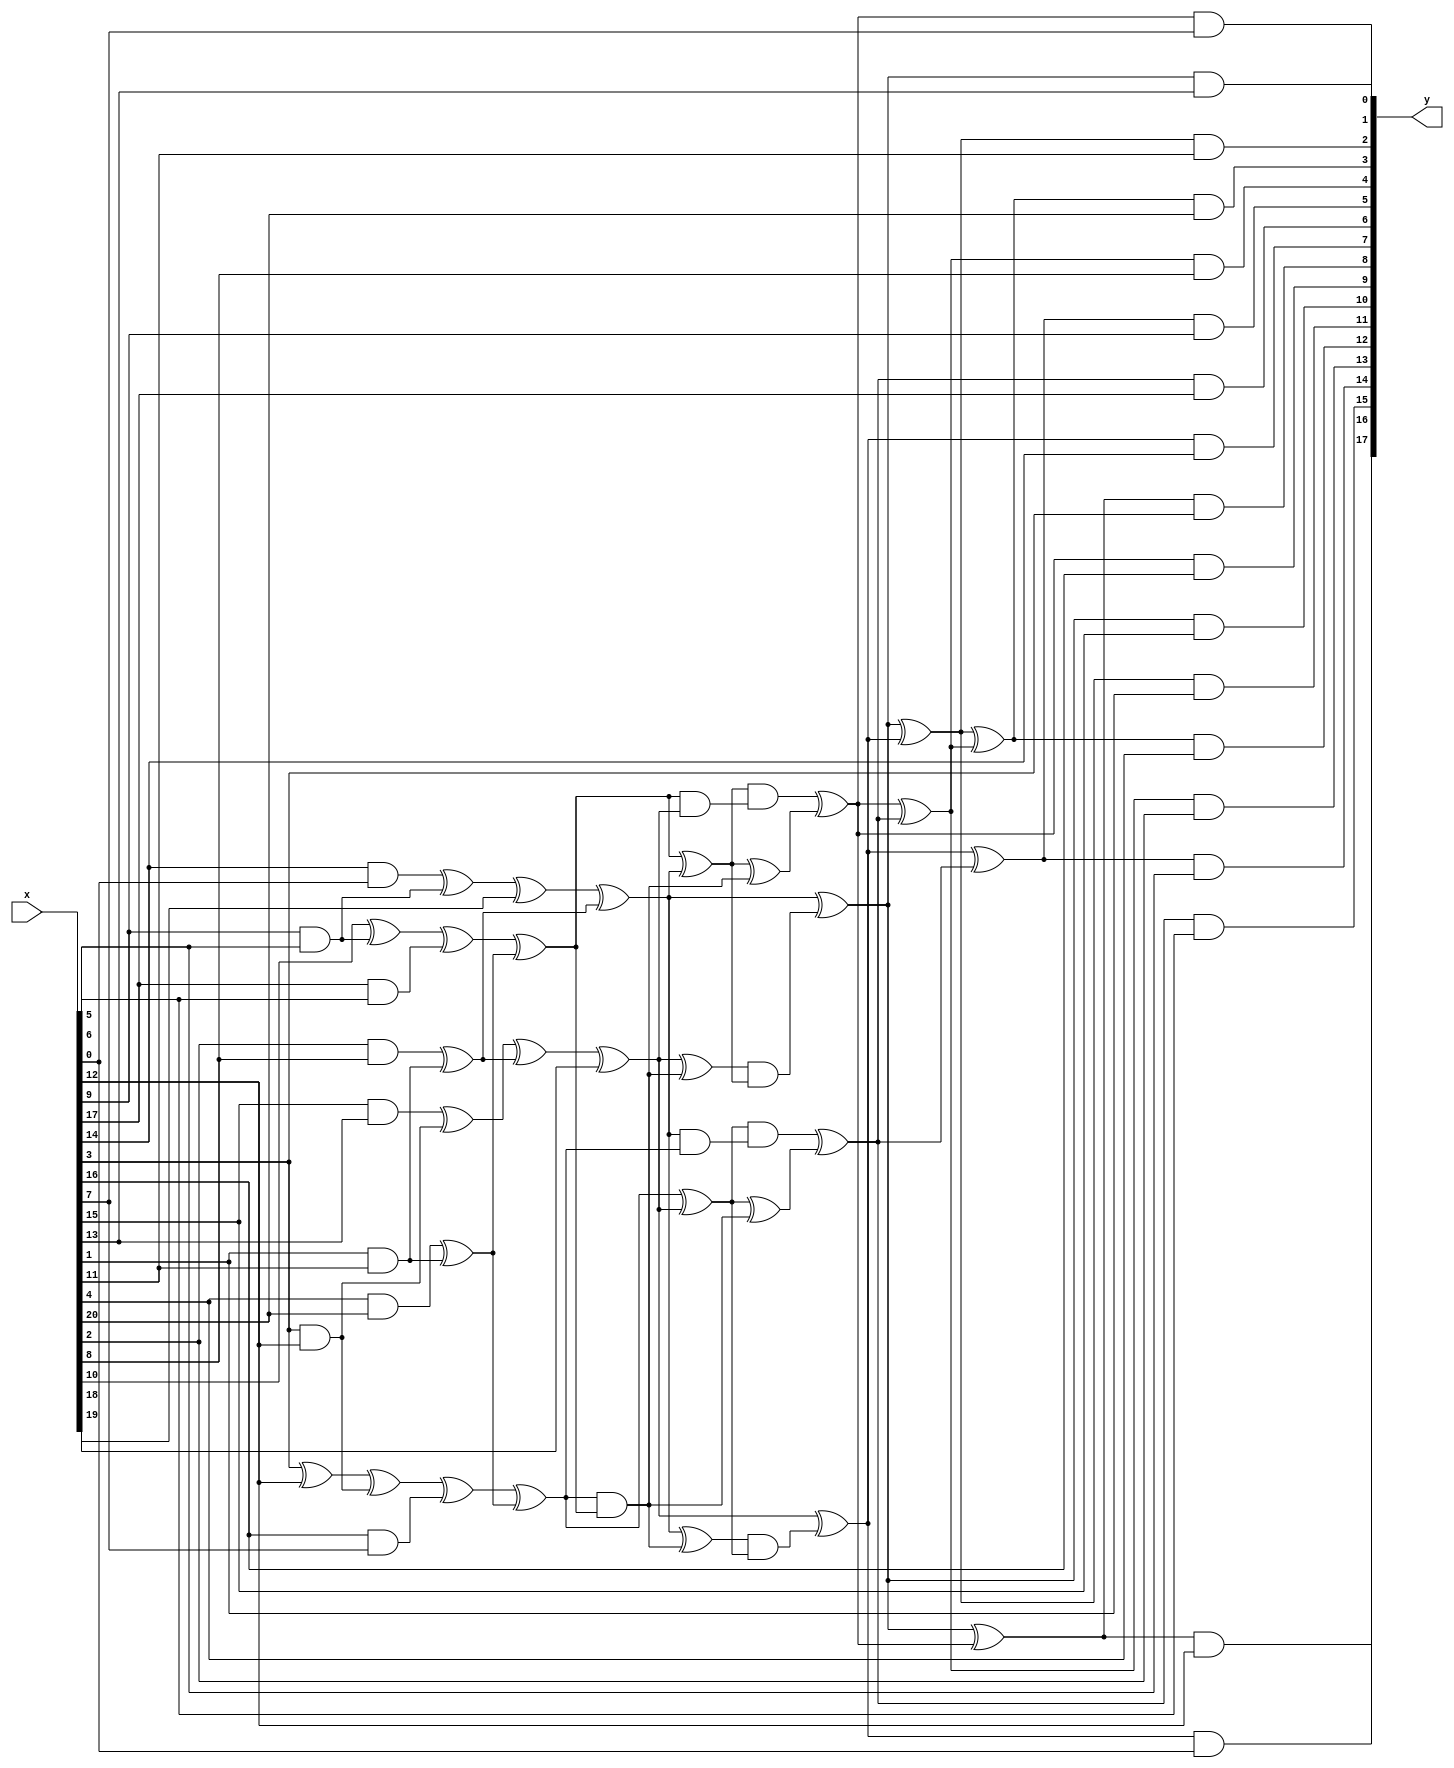
//    sboxes.v
//    2020-01-29    Markku-Juhani O. Saarinen <mjos@pqshield.com>
//    Copyright (c) 2020, PQShield Ltd. All rights reserved.

/*

    Non-hardened combinatorial logic for AES, inverse AES, and SM4 S-Boxes.

    Each S-Box has a nonlinear middle layer sandwitched between linear
    top and bottom layers. In this version the top ("inner") layer expands
    8 bits to 21 bits while the bottom layer compresses 18 bits back to 8.

    Overall structure and AES and AES^-1 slightly modified from [BoPe12].
    SM4 top and bottom layers by Markku-Juhani O. Saarinen, January 2020.

    The middle layer is common between all; the beneficiality of muxing it
    depends on target. Currently we are not doing it.

    How? Because all of these are "Nyberg S-boxes" [Ny93]; built from a
    multiplicative inverse in GF(256) and are therefore affine isomorphic.

    [BoPe12] Boyar J., Peralta R. "A Small Depth-16 Circuit for the AES
    S-Box." Proc.SEC 2012. IFIP AICT 376. Springer, pp. 287-298 (2012)
    DOI: https://doi.org/10.1007/978-3-642-30436-1_24
    Preprint: https://eprint.iacr.org/2011/332.pdf

    [Ny93] Nyberg K., "Differentially Uniform Mappings for Cryptography",
    Proc. EUROCRYPT '93, LNCS 765, Springer, pp. 55-64 (1993)
    DOI: https://doi.org/10.1007/3-540-48285-7_6

*/

//
//    The shared non-linear middle part for AES, AES^-1, and SM4.
module riscv_crypto_sbox_inv_mid(
input   [20:0] x    ,
output  [17:0] y
);

    wire    t0  = x[ 3] ^     x[12];
    wire    t1  = x[ 9] &     x[ 5];
    wire    t2  = x[17] &     x[ 6];
    wire    t3  = x[10] ^     t1   ;
    wire    t4  = x[14] &     x[ 0];
    wire    t5  = t4    ^     t1   ;
    wire    t6  = x[ 3] &     x[12];
    wire    t7  = x[16] &     x[ 7];
    wire    t8  = t0    ^     t6   ;
    wire    t9  = x[15] &     x[13];
    wire    t10 = t9    ^     t6   ;
    wire    t11 = x[ 1] &     x[11];
    wire    t12 = x[ 4] &     x[20];
    wire    t13 = t12   ^     t11  ;
    wire    t14 = x[ 2] &     x[ 8];
    wire    t15 = t14   ^     t11  ;
    wire    t16 = t3    ^     t2   ;
    wire    t17 = t5    ^     x[18];
    wire    t18 = t8    ^     t7   ;
    wire    t19 = t10   ^     t15  ;
    wire    t20 = t16   ^     t13  ;
    wire    t21 = t17   ^     t15  ;
    wire    t22 = t18   ^     t13  ;
    wire    t23 = t19   ^     x[19];
    wire    t24 = t22   ^     t23  ;
    wire    t25 = t22   &     t20  ;
    wire    t26 = t21   ^     t25  ;
    wire    t27 = t20   ^     t21  ;
    wire    t28 = t23   ^     t25  ;
    wire    t29 = t28   &     t27  ;
    wire    t30 = t26   &     t24  ;
    wire    t31 = t20   &     t23  ;
    wire    t32 = t27   &     t31  ;
    wire    t33 = t27   ^     t25  ;
    wire    t34 = t21   &     t22  ;
    wire    t35 = t24   &     t34  ;
    wire    t36 = t24   ^     t25  ;
    wire    t37 = t21   ^     t29  ;
    wire    t38 = t32   ^     t33  ;
    wire    t39 = t23   ^     t30  ;
    wire    t40 = t35   ^     t36  ;
    wire    t41 = t38   ^     t40  ;
    wire    t42 = t37   ^     t39  ;
    wire    t43 = t37   ^     t38  ;
    wire    t44 = t39   ^     t40  ;
    wire    t45 = t42   ^     t41  ;
    assign    y[ 0] = t38 &     x[ 7];
    assign    y[ 1] = t37 &     x[13];
    assign    y[ 2] = t42 &     x[11];
    assign    y[ 3] = t45 &     x[20];
    assign    y[ 4] = t41 &     x[ 8];
    assign    y[ 5] = t44 &     x[ 9];
    assign    y[ 6] = t40 &     x[17];
    assign    y[ 7] = t39 &     x[14];
    assign    y[ 8] = t43 &     x[ 3];
    assign    y[ 9] = t38 &     x[16];
    assign    y[10] = t37 &     x[15];
    assign    y[11] = t42 &     x[ 1];
    assign    y[12] = t45 &     x[ 4];
    assign    y[13] = t41 &     x[ 2];
    assign    y[14] = t44 &     x[ 5];
    assign    y[15] = t40 &     x[ 6];
    assign    y[16] = t39 &     x[ 0];
    assign    y[17] = t43 &     x[12];

endmodule

//
//    top (inner) linear layer for AES
module riscv_crypto_sbox_aes_top(
input   [ 7:0] x    ,
output  [20:0] y
);

    wire    y0  = x[ 0] ;
    wire    y1  = x[ 7] ^     x[ 4];
    wire    y2  = x[ 7] ^     x[ 2];
    wire    y3  = x[ 7] ^     x[ 1];
    wire    y4  = x[ 4] ^     x[ 2];
    wire    t0  = x[ 3] ^     x[ 1];
    wire    y5  = y1    ^     t0   ;
    wire    t1  = x[ 6] ^     x[ 5];
    wire    y6  = x[ 0] ^     y5   ;
    wire    y7  = x[ 0] ^     t1   ;
    wire    y8  = y5    ^     t1   ;
    wire    t2  = x[ 6] ^     x[ 2];
    wire    t3  = x[ 5] ^     x[ 2];
    wire    y9  = y3    ^     y4   ;
    wire    y10 = y5    ^     t2   ;
    wire    y11 = t0    ^     t2   ;
    wire    y12 = t0    ^     t3   ;
    wire    y13 = y7    ^     y12  ;
    wire    t4  = x[ 4] ^     x[ 0];
    wire    y14 = t1    ^     t4   ;
    wire    y15 = y1    ^     y14  ;
    wire    t5  = x[ 1] ^     x[ 0];
    wire    y16 = t1    ^     t5   ;
    wire    y17 = y2    ^     y16  ;
    wire    y18 = y2    ^     y8   ;
    wire    y19 = y15   ^     y13  ;
    wire    y20 = y1    ^     t3   ;
    
    assign y[0 ]  = y0 ;
    assign y[1 ]  = y1 ;
    assign y[10]  = y10;
    assign y[11]  = y11;
    assign y[12]  = y12;
    assign y[13]  = y13;
    assign y[14]  = y14;
    assign y[15]  = y15;
    assign y[16]  = y16;
    assign y[17]  = y17;
    assign y[18]  = y18;
    assign y[19]  = y19;
    assign y[2 ]  = y2 ;
    assign y[20]  = y20;
    assign y[3 ]  = y3 ;
    assign y[4 ]  = y4 ;
    assign y[5 ]  = y5 ;
    assign y[6 ]  = y6 ;
    assign y[7 ]  = y7 ;
    assign y[8 ]  = y8 ;
    assign y[9 ]  = y9 ;

endmodule


//
//    bottom (outer) linear layer for AES
module riscv_crypto_sbox_aes_out(
input   [17:0] x    ,
output  [ 7:0] y
);

    wire    t0   = x[11] ^  x[12];
    wire    t1   = x[0] ^   x[6];
    wire    t2   = x[14] ^  x[16];
    wire    t3   = x[15] ^  x[5];
    wire    t4   = x[4] ^   x[8];
    wire    t5   = x[17] ^  x[11];
    wire    t6   = x[12] ^  t5;
    wire    t7   = x[14] ^  t3;
    wire    t8   = x[1] ^   x[9];
    wire    t9   = x[2] ^   x[3];
    wire    t10  = x[3] ^   t4;
    wire    t11  = x[10] ^  t2;
    wire    t12  = x[16] ^  x[1];
    wire    t13  = x[0] ^   t0;
    wire    t14  = x[2] ^   x[11];
    wire    t15  = x[5] ^   t1;
    wire    t16  = x[6] ^   t0;
    wire    t17  = x[7] ^   t1;
    wire    t18  = x[8] ^   t8;
    wire    t19  = x[13] ^  t4;
    wire    t20  = t0 ^     t1;
    wire    t21  = t1 ^     t7;
    wire    t22  = t3 ^     t12;
    wire    t23  = t18 ^    t2;
    wire    t24  = t15 ^    t9;
    wire    t25  = t6 ^     t10;
    wire    t26  = t7 ^     t9;
    wire    t27  = t8 ^     t10;
    wire    t28  = t11 ^    t14;
    wire    t29  = t11 ^    t17;
    assign    y[0] = t6 ^~  t23;
    assign    y[1] = t13 ^~ t27;
    assign    y[2] = t25 ^  t29;
    assign    y[3] = t20 ^  t22;
    assign    y[4] = t6 ^   t21;
    assign    y[5] = t19 ^~ t28;
    assign    y[6] = t16 ^~ t26;
    assign    y[7] = t6 ^   t24;

endmodule


//
//    top (inner) linear layer for AES^-1
module riscv_crypto_sbox_aesi_top(
output  [20:0] y    ,
input   [ 7:0] x
);

    wire  y17 = x[ 7] ^     x[ 4];
    wire  y16 = x[ 6] ^~ x[ 4];
    wire  y2  = x[ 7] ^~ x[ 6];
    wire  y1  = x[ 4] ^     x[ 3];
    wire  y18 = x[ 3] ^~ x[ 0];
    wire  t0  = x[ 1] ^     x[ 0];
    wire  y6  = x[ 6] ^~ y17 ;
    wire  y14 = y16  ^     t0;
    wire  y7  = x[ 0] ^~ y1;
    wire  y8  = y2  ^     y18;
    wire  y9  = y2  ^     t0;
    wire  y3  = y1  ^     t0;
    wire  y19 = x[ 5] ^~ y1;
    wire  t1  = x[ 6] ^    x[ 1];
    wire  y13 = x[ 5] ^~ y14;
    wire  y15 = y18  ^     t1;
    wire  y4  = x[ 3] ^     y6;
    wire  t2  = x[ 5] ^~ x[ 2];
    wire  t3  = x[ 2] ^~ x[ 1];
    wire  t4  = x[ 5] ^~ x[ 3];
    wire  y5  = y16  ^     t2 ;
    wire  y12 = t1  ^     t4 ;
    wire  y20 = y1  ^     t3 ;
    wire  y11 = y8  ^     y20 ;
    wire  y10 = y8  ^     t3 ;
    wire  y0  = x[ 7] ^     t2 ;
    
    assign y[0 ] = y0 ;
    assign y[1 ] = y1 ;
    assign y[10] = y10;
    assign y[11] = y11;
    assign y[12] = y12;
    assign y[13] = y13;
    assign y[14] = y14;
    assign y[15] = y15;
    assign y[16] = y16;
    assign y[17] = y17;
    assign y[18] = y18;
    assign y[19] = y19;
    assign y[2 ] = y2 ;
    assign y[20] = y20;
    assign y[3 ] = y3 ;
    assign y[4 ] = y4 ;
    assign y[5 ] = y5 ;
    assign y[6 ] = y6 ;
    assign y[7 ] = y7 ;
    assign y[8 ] = y8 ;
    assign y[9 ] = y9 ;

endmodule


//
//    bottom (outer) linear layer for AES^-1
module riscv_crypto_sbox_aesi_out(
output  [ 7:0] y    ,
input   [17:0] x
);

    wire      t0  = x[ 2] ^     x[11];
    wire      t1  = x[ 8] ^     x[ 9];
    wire      t2  = x[ 4] ^     x[12];
    wire      t3  = x[15] ^     x[ 0];
    wire      t4  = x[16] ^     x[ 6];
    wire      t5  = x[14] ^     x[ 1];
    wire      t6  = x[17] ^     x[10];
    wire      t7  = t0    ^     t1   ;
    wire      t8  = x[ 0] ^     x[ 3];
    wire      t9  = x[ 5] ^     x[13];
    wire      t10 = x[ 7] ^     t4   ;
    wire      t11 = t0    ^     t3   ;
    wire      t12 = x[14] ^     x[16];
    wire      t13 = x[17] ^     x[ 1];
    wire      t14 = x[17] ^     x[12];
    wire      t15 = x[ 4] ^     x[ 9];
    wire      t16 = x[ 7] ^     x[11];
    wire      t17 = x[ 8] ^     t2 ;
    wire      t18 = x[13] ^     t5 ;
    wire      t19 = t2   ^     t3 ;
    wire      t20 = t4   ^     t6 ;
    wire      t22 = t2   ^     t7 ;
    wire      t23 = t7   ^     t8 ;
    wire      t24 = t5   ^     t7 ;
    wire      t25 = t6   ^     t10;
    wire      t26 = t9   ^     t11;
    wire      t27 = t10  ^     t18;
    wire      t28 = t11  ^     t25;
    wire      t29 = t15  ^     t20;
    assign    y[ 0] = t9  ^     t16;
    assign    y[ 1] = t14 ^     t23;
    assign    y[ 2] = t19 ^     t24;
    assign    y[ 3] = t23 ^     t27;
    assign    y[ 4] = t12 ^     t22;
    assign    y[ 5] = t17 ^     t28;
    assign    y[ 6] = t26 ^     t29;
    assign    y[ 7] = t13 ^     t22;

endmodule


//
//    top (inner) linear layer for SM4
module riscv_crypto_sbox_sm4_top(
output  [20:0] y    ,
input   [ 7:0] x
);

    wire y18 = x[ 2] ^     x[ 6];
    wire t0  = x[ 3] ^     x[ 4];
    wire t1  = x[ 2] ^     x[ 7];
    wire t2  = x[ 7] ^     y18  ;
    wire t3  = x[ 1] ^     t1   ;
    wire t4  = x[ 6] ^     x[ 7];
    wire t5  = x[ 0] ^     y18  ;
    wire t6  = x[ 3] ^     x[ 6];
    wire y10 = x[ 1] ^     y18;
    wire y0  = x[ 5] ^~    y10;
    wire y1  = t0    ^     t3 ;
    wire y2  = x[ 0] ^     t0 ;
    wire y4  = x[ 0] ^     t3 ;
    wire y3  = x[ 3] ^     y4 ;
    wire y5  = x[ 5] ^     t5 ;
    wire y6  = x[ 0] ^~    x[ 1];
    wire y7  = t0    ^~    y10;
    wire y8  = t0    ^     t5 ;
    wire y9  = x[ 3];         
    wire y11 = t0    ^     t4 ;
    wire y12 = x[ 5] ^     t4 ;
    wire y13 = x[ 5] ^~    y1 ;
    wire y14 = x[ 4] ^~    t2 ;
    wire y15 = x[ 1] ^~    t6 ;
    wire y16 = x[ 0] ^~    t2 ;
    wire y17 = t0    ^~    t2 ;
    wire y19 = x[ 5] ^~    y14;
    wire y20 = x[ 0] ^     t1 ;
    
    assign y[0 ] = y0 ;
    assign y[1 ] = y1 ;
    assign y[10] = y10;
    assign y[11] = y11;
    assign y[12] = y12;
    assign y[13] = y13;
    assign y[14] = y14;
    assign y[15] = y15;
    assign y[16] = y16;
    assign y[17] = y17;
    assign y[18] = y18;
    assign y[19] = y19;
    assign y[2 ] = y2 ;
    assign y[20] = y20;
    assign y[3 ] = y3 ;
    assign y[4 ] = y4 ;
    assign y[5 ] = y5 ;
    assign y[6 ] = y6 ;
    assign y[7 ] = y7 ;
    assign y[8 ] = y8 ;
    assign y[9 ] = y9 ;

endmodule


//
//    bottom (outer) linear layer for SM4
module riscv_crypto_sbox_sm4_out(
output  [ 7:0] y    ,
input   [17:0] x
);

    wire [29:0] t;

    wire      t0   = x[ 4] ^     x[ 7];
    wire      t1   = x[13] ^     x[15];
    wire      t2   = x[ 2] ^     x[16];
    wire      t3   = x[ 6] ^     t0;
    wire      t4   = x[12] ^     t1;
    wire      t5   = x[ 9] ^     x[10];
    wire      t6   = x[11] ^     t2;
    wire      t7   = x[ 1] ^     t4;
    wire      t8   = x[ 0] ^     x[17];
    wire      t9   = x[ 3] ^     x[17];
    wire      t10  = x[ 8] ^     t3;
    wire      t11  = t2    ^     t5;
    wire      t12  = x[14] ^     t6;
    wire      t13  = t7    ^     t9;
    wire      t14  = x[ 0] ^     x[ 6];
    wire      t15  = x[ 7] ^     x[16];
    wire      t16  = x[ 5] ^     x[13];
    wire      t17  = x[ 3] ^     x[15];
    wire      t18  = x[10] ^     x[12];
    wire      t19  = x[ 9] ^     t1 ;
    wire      t20  = x[ 4] ^     t4 ;
    wire      t21  = x[14] ^     t3 ;
    wire      t22  = x[16] ^     t5 ;
    wire      t23  = t7    ^     t14;
    wire      t24  = t8    ^     t11;
    wire      t25  = t0    ^     t12;
    wire      t26  = t17   ^     t3 ;
    wire      t27  = t18   ^     t10;
    wire      t28  = t19   ^     t6 ;
    wire      t29  = t8    ^     t10;
    assign    y[0] = t11  ^~ t13;
    assign    y[1] = t15  ^~ t23;
    assign    y[2] = t20  ^  t24;
    assign    y[3] = t16  ^  t25;
    assign    y[4] = t26  ^~ t22;
    assign    y[5] = t21  ^  t13;
    assign    y[6] = t27  ^~ t12;
    assign    y[7] = t28  ^~ t29;

endmodule

//
// Inverse AES Sbox
module riscv_crypto_aes_inv_sbox (
    output [7:0] fx,
    input  [7:0] in
);

    wire [20:0] t1;
    wire [17:0] t2;

    riscv_crypto_sbox_aesi_top top ( .y(t1), .x(in) );
    riscv_crypto_sbox_inv_mid mid  ( .y(t2), .x(t1) );
    riscv_crypto_sbox_aesi_out out ( .y(fx), .x(t2) );

endmodule

//
// Forward AES SBox
module riscv_crypto_aes_fwd_sbox (
    output [7:0] fx,
    input  [7:0] in
);

    wire [20:0] t1;
    wire [17:0] t2;

    riscv_crypto_sbox_aes_top top ( .y(t1), .x(in) );
    riscv_crypto_sbox_inv_mid mid ( .y(t2), .x(t1) );
    riscv_crypto_sbox_aes_out out ( .y(fx), .x(t2) );

endmodule


//
// Forward / inverse aes sbox.
module riscv_crypto_aes_sbox(
    input  wire        dec,
    input  wire [7:0]  in ,
    output wire [7:0]  fx
);

wire [7:0] fx_fwd;
wire [7:0] fx_inv;

riscv_crypto_aes_fwd_sbox i_fwd (
    .in(in)     ,
    .fx(fx_fwd)
);

riscv_crypto_aes_inv_sbox i_inv (
    .in(in)     ,
    .fx(fx_inv)
);

assign fx = dec ? fx_inv : fx_fwd;

endmodule


//
// Single SM4 sbox. no need for inverse.
module riscv_crypto_sm4_sbox( output [7:0] out, input [7:0] in );

    wire [20:0] t1;
    wire [17:0] t2;

    riscv_crypto_sbox_sm4_top top ( .y(t1 ), .x(in) );
    riscv_crypto_sbox_inv_mid mid ( .y(t2 ), .x(t1) );
    riscv_crypto_sbox_sm4_out bot ( .y(out), .x(t2) );

endmodule


//
// Combined AES and SM4 SBoxes
module riscv_crypto_aes_sm4_sbox (
input   wire          aes, // Perform AES SBox
input   wire          sm4, // Perform SM4 SBox
input   wire          dec, // Decrypt (AES Only)
input   wire    [7:0] in , // Input byte
output  wire    [7:0] out  // Output byte
);

wire [20:0]  sm4_t1 ;
wire [20:0]  aes_t1 ;
wire [20:0] iaes_t1 ;

wire [ 7:0]  sm4_out;
wire [ 7:0]  aes_out;
wire [ 7:0] iaes_out;


riscv_crypto_sbox_sm4_top  i_sm4_top  (.x(in         ), .y(sm4_t1 ));
riscv_crypto_sbox_aes_top  i_aes_top  (.x(in         ), .y(aes_t1 ));
riscv_crypto_sbox_aesi_top i_aesi_top (.x(in         ), .y(iaes_t1));


wire [20:0] nonlinear_in = 
    aes && dec  ? iaes_t1   :
    aes         ? aes_t1    :
                  sm4_t1    ;

wire [17:0] nonlinear_out;

riscv_crypto_sbox_inv_mid  i_nonlinear(.x(nonlinear_in ),.y(nonlinear_out));

riscv_crypto_sbox_sm4_out  i_sm4_out  (.x(nonlinear_out),.y( sm4_out     ));
riscv_crypto_sbox_aes_out  i_aes_out  (.x(nonlinear_out),.y( aes_out     ));
riscv_crypto_sbox_aesi_out i_aesi_out (.x(nonlinear_out),.y(iaes_out     ));

assign out = 
    aes && dec  ? iaes_out  :
    aes         ?  aes_out  :
                   sm4_out  ;

endmodule